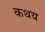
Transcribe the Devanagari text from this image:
कथय